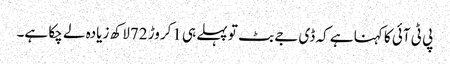
پی ٹی آئی کا کہنا ہے کہ ڈی جے بٹ تو پہلے ہی 1کروڑ 72لاکھ زیادہ لے چکا ہے۔